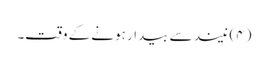
(۴) نیند سے بیدار ہونے کے وقت۔